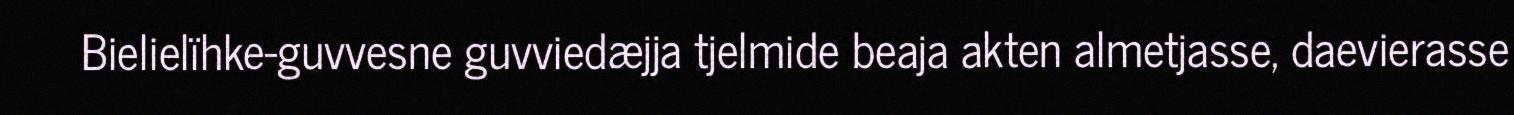
Bielielïhke-guvvesne guvviedæjja tjelmide beaja akten almetjasse, daevierasse